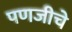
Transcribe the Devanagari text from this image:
पणजीचे